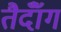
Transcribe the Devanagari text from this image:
तैदॉँग